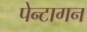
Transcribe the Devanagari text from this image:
पेन्टागन